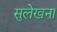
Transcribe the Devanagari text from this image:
सुलेखना